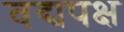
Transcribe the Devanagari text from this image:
वद्यपक्ष